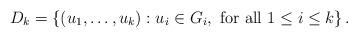
LaTeX: \begin{align*}D_k= \left\{(u_1,\ldots,u_k):u_i\in G_i, \ {\rm for\ all}\ 1\leq i\leq k\right\}.\end{align*}